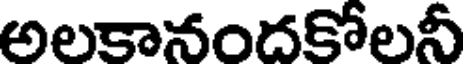
అలకానందకోలనీ